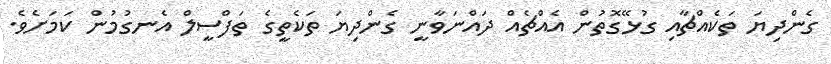
ގެންދިޔަ ތަކެއްޗާއި ގުޅޭގޮތުން އެއްޗެއް ދައްނަވާނީ ގެންދިޔަ ތަކެތީގެ ތަފްސީލް އެނގުމުން ކަމަށެވެ.